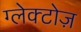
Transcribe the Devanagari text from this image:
ग्लेक्टोज़